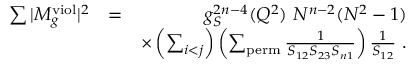
\begin{array} { r l r } { \sum \vert M _ { g } ^ { \mathrm { v i o l } } \vert ^ { 2 } } & { = } & { g _ { S } ^ { 2 n - 4 } ( Q ^ { 2 } ) ~ N ^ { n - 2 } ( N ^ { 2 } - 1 ) } \\ & { } & { \times \left( \sum _ { i < j } \right) \left( \sum _ { \mathrm { p e r m } } \frac { 1 } { S _ { 1 2 } S _ { 2 3 } S _ { n 1 } } \right) \frac { 1 } { S _ { 1 2 } } ~ . } \end{array}